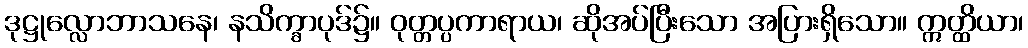
ဒုဋ္ဌုလ္လောဘာသနေ၊ နသိက္ခာပုဒ်၌။ ဝုတ္တပ္ပကာရာယ၊ ဆိုအပ်ပြီးသော အပြားရှိသော။ ဣတ္ထိယာ၊